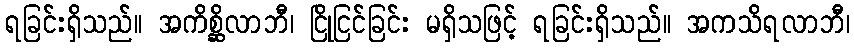
ရခြင်းရှိသည်။ အကိစ္ဆိလာဘီ၊ ငြိုငြင်ခြင်း မရှိသဖြင့် ရခြင်းရှိသည်။ အကသိရလာဘီ၊